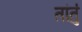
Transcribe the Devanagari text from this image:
तांतुं